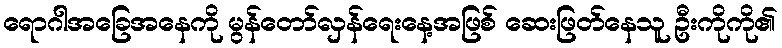
ရောဂါအခြေအနေကို မွန်တော်လှန်ရေးနေ့အဖြစ် ဆေးဖြတ်နေသူ ဦးကိုကို၏